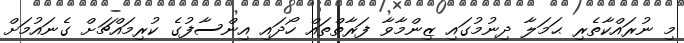
މި ނުރައްކާތެރި ޙަމަލާ ދިނުމުގައި ޒިންމާވާ ފަރާތްތައް ހޯދައި އިންސާފުގެ ކުރިމައްޗަށް ގެނައުމަށް